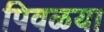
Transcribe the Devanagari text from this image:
पिवळया